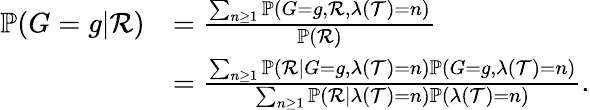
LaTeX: \begin{array}{rl}{\mathbb{P}(G=g|\mathcal{R})}&{=\frac{\sum_{n\geq 1}\mathbb{P}(G=g,\mathcal{R},\lambda(\mathcal{T})=n)}{\mathbb{P}(\mathcal{R})}}\\ &{=\frac{\sum_{n\geq 1}\mathbb{P}(\mathcal{R}|G=g,\lambda(\mathcal{T})=n)\mathbb{P}(G=g,\lambda(\mathcal{T})=n)}{\sum_{n\geq 1}\mathbb{P}(\mathcal{R}|\lambda(\mathcal{T})=n)\mathbb{P}(\lambda(\mathcal{T})=n)}.}\end{array}